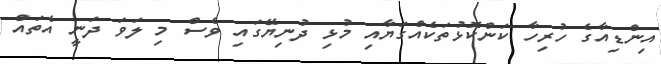
އިންޑިއާގެ ހުރިހާ ކަންކޮޅުތަކެއްގަޔާއި މުޅި ދުނިޔޭގައި ވެސް މި ލަވަ ދަނީ އެތައް